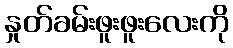
နှုတ်ခမ်းဖူးဖူးလေးကို